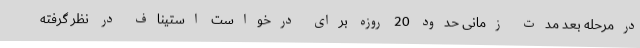
درمرحله بعد مدت زمانی حدود 20 روزه برای درخواست استیناف در نظر گرفته